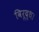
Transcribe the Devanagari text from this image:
विरूद्ध।